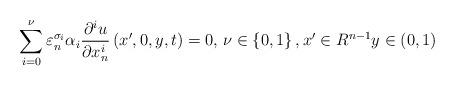
LaTeX: \begin{align*}\sum\limits_{i=0}^{\nu }\varepsilon _{n}^{\sigma _{i}}\alpha _{i}\frac{\partial ^{i}u}{\partial x_{n}^{i}}\left( x^{\prime },0,y,t\right) =0\text{, }\nu \in \left\{ 0,1\right\} ,x^{\prime }\in R^{n-1}y\in\left( 0,1\right) \end{align*}